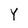
Character: Y